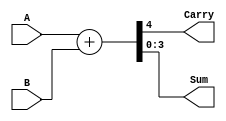
module adder4bits(A, B, Carry, Sum);

    input [3:0] A;
    input [3:0] B;
    output Carry;
    output [3:0] Sum;

    wire [4:0] result;

    assign result = A + B;
    assign Carry = result[4];
    assign Sum = result[3:0];

endmodule